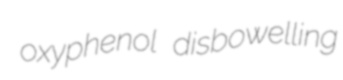
oxyphenol disbowelling